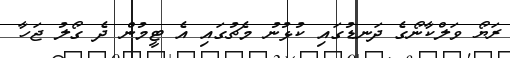
ރަޔޯ ވަލްކާނޯގެ ދަނޑުގައި ކުޅުނު މެޗުގައި އެ ޓީމުން ދެ ގޯލު ޖަހާ